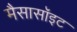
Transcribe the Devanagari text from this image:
मैसासॉइट